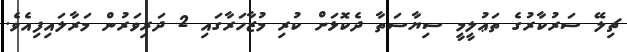
ޗިލޭ ސަރުކާރުގެ ތަޢުލީމީ ސިޔާސަތާ ދެކޮޅަށް ކުރި މުޒާހަރާގައި 2 ދަރިވަރުން މަރާލައިފިއެވެ.